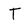
Character: T